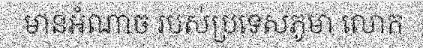
មានអំណាច របស់ប្រទេសភូមា លោក